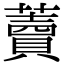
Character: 藚